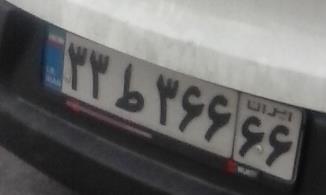
۳۳ط۳۶۶۶۶